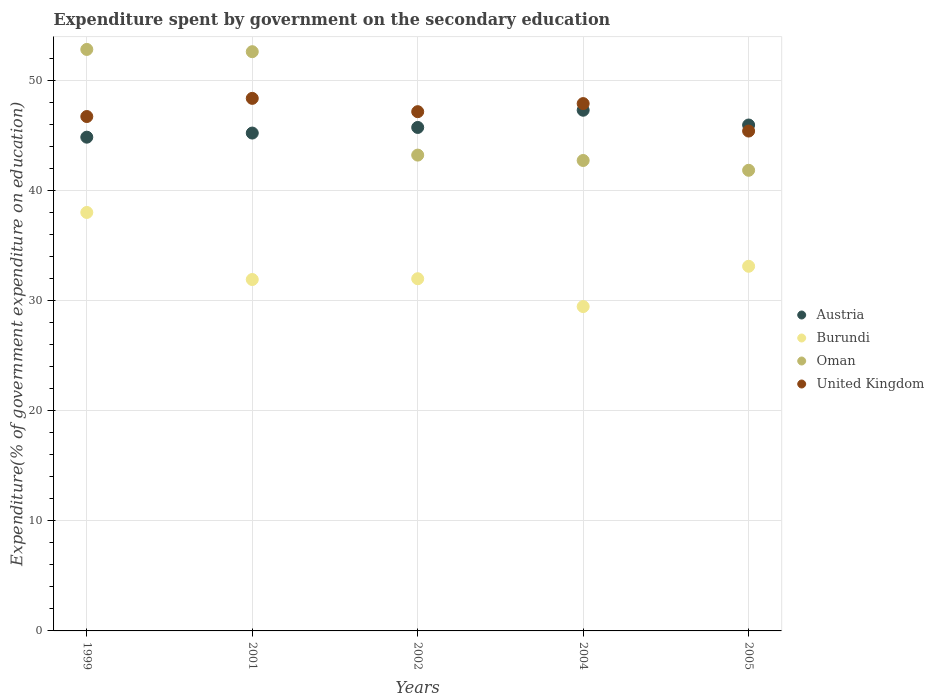
| Years | Austria | Burundi | Oman | United Kingdom |
 | --- | --- | --- | --- | --- |
 | 1999 | 44.8 | 38 | 52.8 | 46.7 |
 | 2001 | 45.2 | 31.9 | 52.6 | 48.4 |
 | 2002 | 45.7 | 32 | 43.2 | 47.1 |
 | 2004 | 47.3 | 29.5 | 42.7 | 47.9 |
 | 2005 | 45.9 | 33.1 | 41.8 | 45.4 |